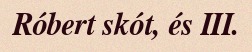
Róbert skót, és III.